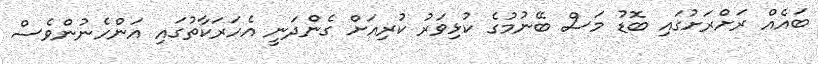
ބައެއް ރަށްރަށުގައި ބޮޑު މަސް ބޭނުމުގެ ކުޅިވަރު ކުރިއަށް ގެންދަނީ އެހަރަކާތުގައި އަންހެނުންވެސް